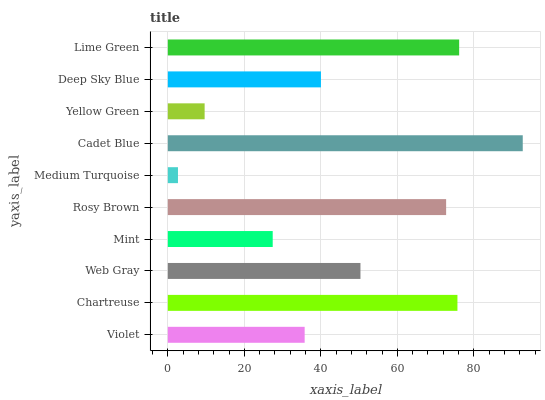
| yaxis_label | bars |
 | --- | --- |
 | Violet | 35.8 |
 | Chartreuse | 75.7 |
 | Web Gray | 50.4 |
 | Mint | 27.4 |
 | Rosy Brown | 72.8 |
 | Medium Turquoise | 2.66 |
 | Cadet Blue | 92.8 |
 | Yellow Green | 9.62 |
 | Deep Sky Blue | 40 |
 | Lime Green | 76.2 |